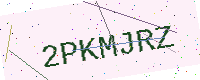
Text: 2PKMJRZ